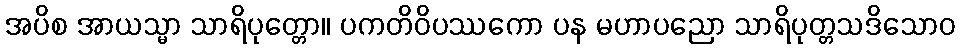
အပိစ အာယသ္မာ သာရိပုတ္တော။ ပကတိဝိပဿကော ပန မဟာပညော သာရိပုတ္တသဒိသောဝ